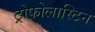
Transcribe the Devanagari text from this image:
ट्रोफोलास्टिन